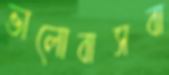
ভালোবাসবা